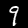
Label: 9